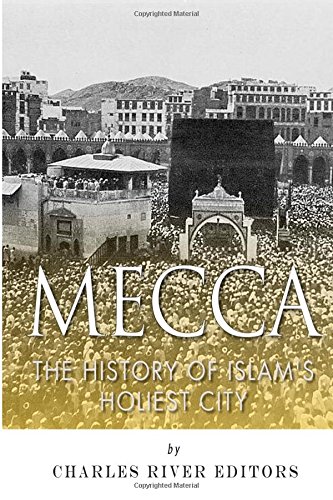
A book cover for Mecca: The History of Islam's Holiest City; Charles River Editors; Religion & Spirituality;